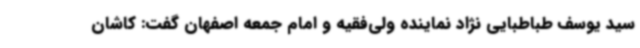
سید یوسف طباطبایی نژاد نماینده ولی‌فقیه و امام جمعه اصفهان گفت: کاشان